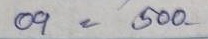
09 = 500